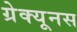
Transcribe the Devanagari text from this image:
ग्रेक्यूनस